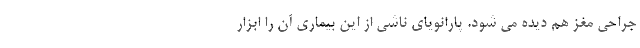
جراحی مغز هم دیده می شود. پارانویای ناشی از این بیماری آن را ابزار